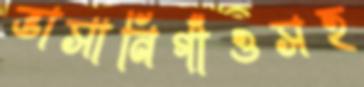
ভাসানিগাঁওসহ